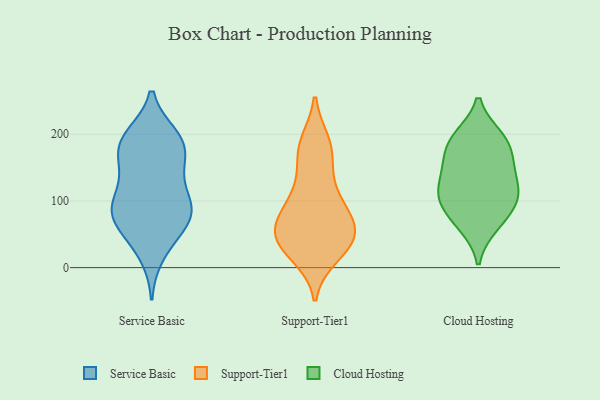
{"axis": {"x": "Latency (ms)", "y": "Value"}, "legend": ["Cloud Hosting", "Service Basic", "Support-Tier1"], "data": [{"x": "", "y": 132, "type": "Service Basic"}, {"x": "", "y": 146, "type": "Service Basic"}, {"x": "", "y": 93, "type": "Service Basic"}, {"x": "", "y": 55, "type": "Service Basic"}, {"x": "", "y": 51, "type": "Service Basic"}, {"x": "", "y": 92, "type": "Service Basic"}, {"x": "", "y": 91, "type": "Service Basic"}, {"x": "", "y": 20, "type": "Service Basic"}, {"x": "", "y": 190, "type": "Service Basic"}, {"x": "", "y": 82, "type": "Service Basic"}, {"x": "", "y": 190, "type": "Service Basic"}, {"x": "", "y": 196, "type": "Service Basic"}, {"x": "", "y": 155, "type": "Service Basic"}, {"x": "", "y": 181, "type": "Service Basic"}, {"x": "", "y": 186, "type": "Service Basic"}, {"x": "", "y": 81, "type": "Service Basic"}, {"x": "", "y": 86, "type": "Service Basic"}, {"x": "", "y": 39, "type": "Support-Tier1"}, {"x": "", "y": 33, "type": "Support-Tier1"}, {"x": "", "y": 73, "type": "Support-Tier1"}, {"x": "", "y": 43, "type": "Support-Tier1"}, {"x": "", "y": 67, "type": "Support-Tier1"}, {"x": "", "y": 187, "type": "Support-Tier1"}, {"x": "", "y": 53, "type": "Support-Tier1"}, {"x": "", "y": 27, "type": "Support-Tier1"}, {"x": "", "y": 93, "type": "Support-Tier1"}, {"x": "", "y": 68, "type": "Support-Tier1"}, {"x": "", "y": 19, "type": "Support-Tier1"}, {"x": "", "y": 152, "type": "Support-Tier1"}, {"x": "", "y": 183, "type": "Support-Tier1"}, {"x": "", "y": 114, "type": "Support-Tier1"}, {"x": "", "y": 177, "type": "Support-Tier1"}, {"x": "", "y": 106, "type": "Support-Tier1"}, {"x": "", "y": 51, "type": "Support-Tier1"}, {"x": "", "y": 111, "type": "Cloud Hosting"}, {"x": "", "y": 92, "type": "Cloud Hosting"}, {"x": "", "y": 69, "type": "Cloud Hosting"}, {"x": "", "y": 158, "type": "Cloud Hosting"}, {"x": "", "y": 147, "type": "Cloud Hosting"}, {"x": "", "y": 192, "type": "Cloud Hosting"}, {"x": "", "y": 102, "type": "Cloud Hosting"}, {"x": "", "y": 63, "type": "Cloud Hosting"}, {"x": "", "y": 192, "type": "Cloud Hosting"}, {"x": "", "y": 161, "type": "Cloud Hosting"}, {"x": "", "y": 118, "type": "Cloud Hosting"}, {"x": "", "y": 196, "type": "Cloud Hosting"}, {"x": "", "y": 116, "type": "Cloud Hosting"}]}